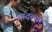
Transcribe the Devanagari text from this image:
दादल्या